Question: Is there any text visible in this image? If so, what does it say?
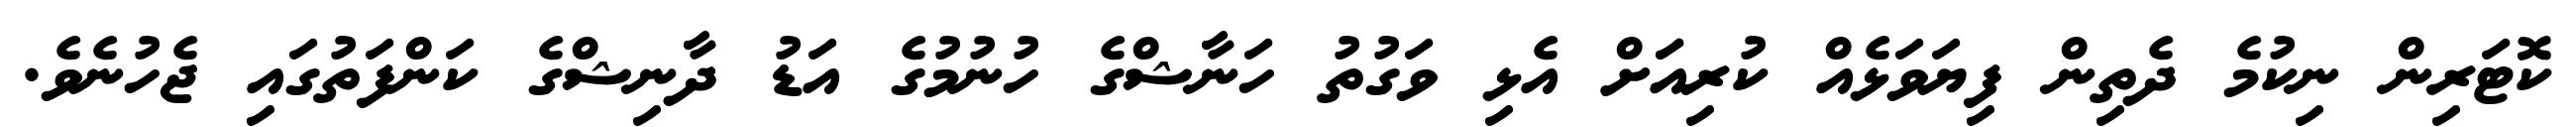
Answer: ކޮޓަރިން ނިކުމެ ދެތިން ފިޔަވަޅެއް ކުރިއަަށް އެޅި ވަގުތު ހަނާޝްގެ ހުނުމުގެ އަޑު ދާނިޝްގެ ކަންފަތުގައި ޖެހުނެވެ.